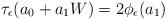
LaTeX: \begin{align*}\tau_{\epsilon} (a_{0} + a_{1}W) = 2\phi_{\epsilon}(a_{1})\end{align*}